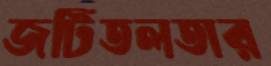
জটিতলতার